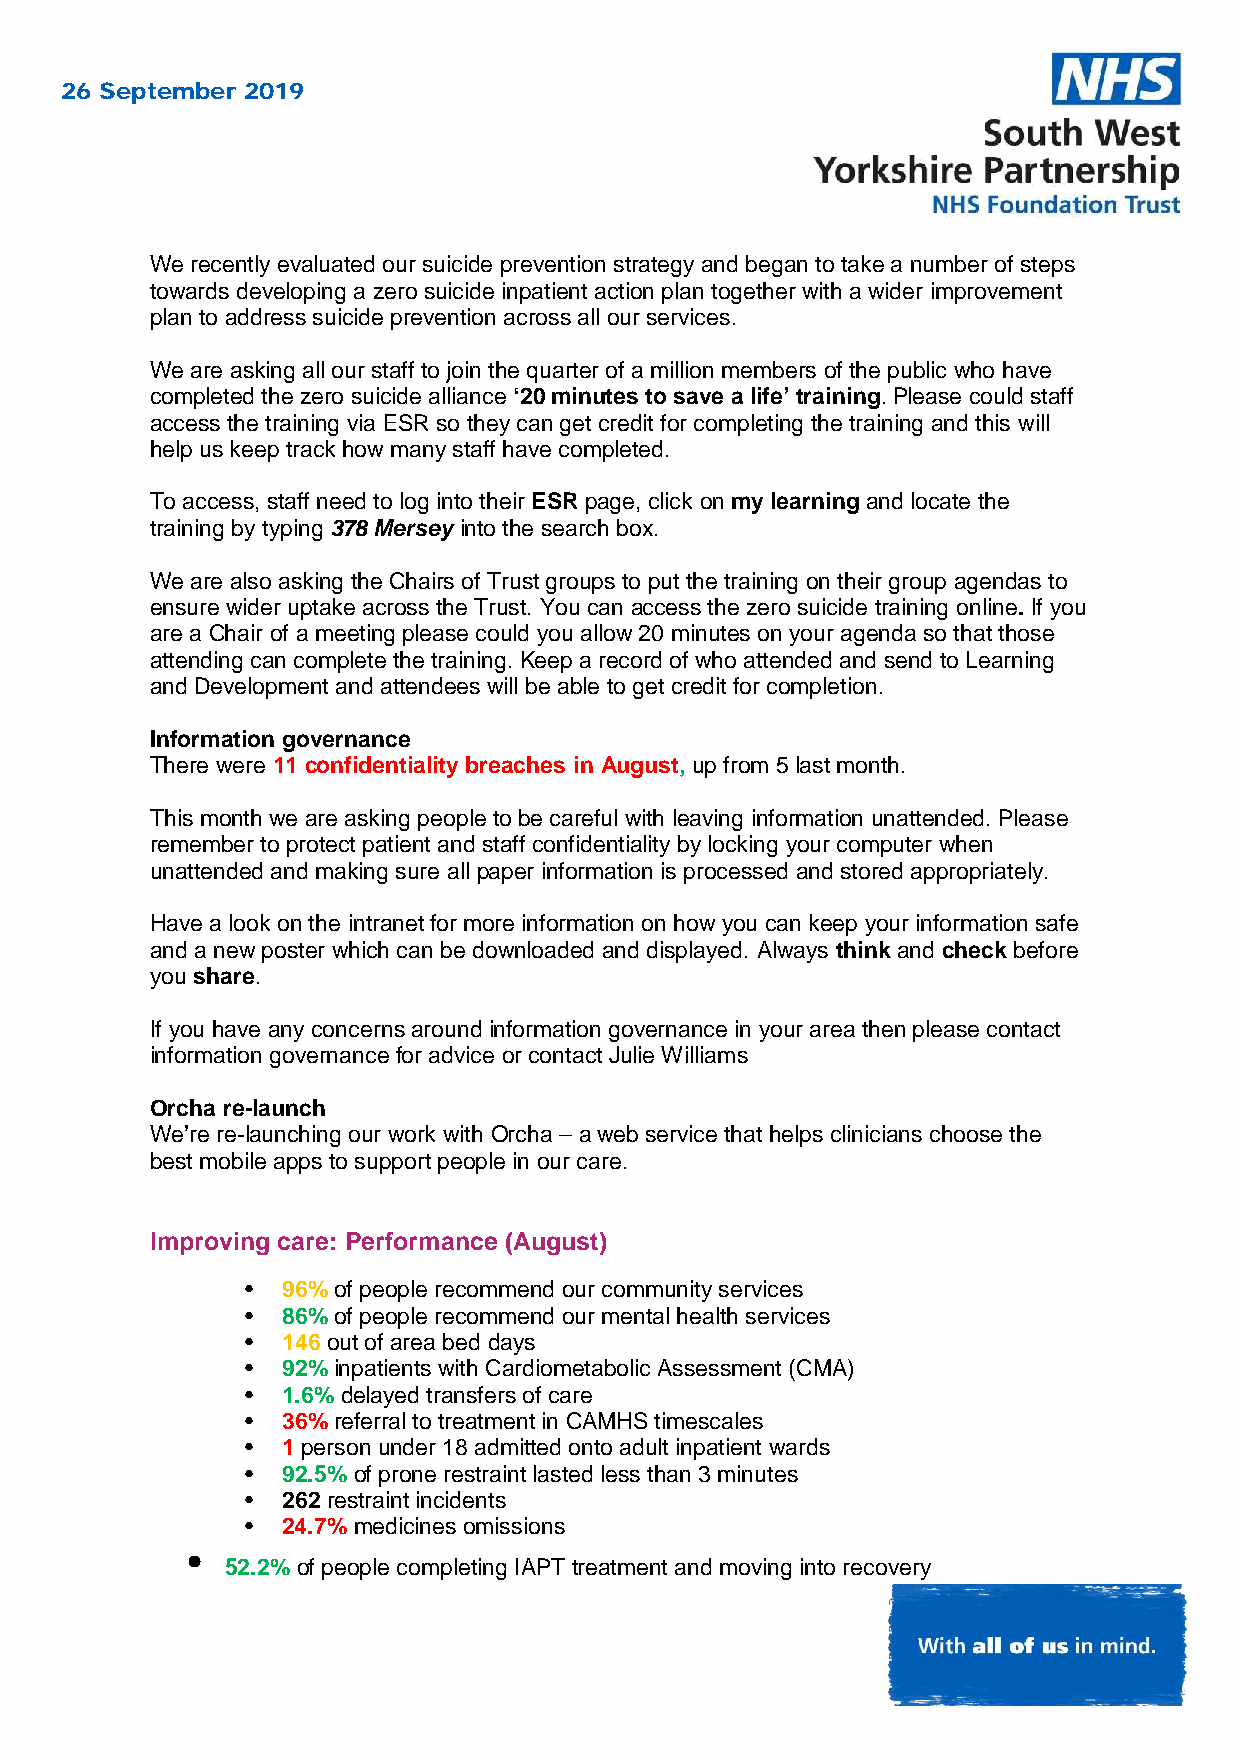
26 September 2019
 We recently evaluated our suicide prevention strategy and began to take a number of steps
 towards developing a zero suicide inpatient action plan together with a wider improvement
 plan to address suicide prevention across all our services.
 We are asking all our staff to join the quarter of a million members of the public who have
 completed the zero suicide alliance ‘20 minutes to save a life’ training. Please could staff
 access the training via ESR so they can get credit for completing the training and this will
 help us keep track how many staff have completed.
 To access, staff need to log into their ESR page, click on my learning and locate the
 training by typing 378 Mersey into the search box.
 We are also asking the Chairs of Trust groups to put the training on their group agendas to
 ensure wider uptake across the Trust. You can access the zero suicide training online. If you
 are a Chair of a meeting please could you allow 20 minutes on your agenda so that those
 attending can complete the training. Keep a record of who attended and send to Learning
 and Development and attendees will be able to get credit for completion.
 Information governance
 There were 11 confidentiality breaches in August, up from 5 last month.
 This month we are asking people to be careful with leaving information unattended. Please
 remember to protect patient and staff confidentiality by locking your computer when
 unattended and making sure all paper information is processed and stored appropriately.
 Have a look on the intranet for more information on how you can keep your information safe
 and a new poster which can be downloaded and displayed. Always think and check before
 you share.
 If you have any concerns around information governance in your area then please contact
 information governance for advice or contact Julie Williams
 Orcha re-launch
 We’re re-launching our work with Orcha – a web service that helps clinicians choose the
 best mobile apps to support people in our care.
 Improving care: Performance (August)
 •  96% of people recommend our community services
 •  86% of people recommend our mental health services
 •  146 out of area bed days
 •  92% inpatients with Cardiometabolic Assessment (CMA)
 •  1.6% delayed transfers of care
 •  36% referral to treatment in CAMHS timescales
 •  1 person under 18 admitted onto adult inpatient wards
 •  92.5% of prone restraint lasted less than 3 minutes
 •  262 restraint incidents
 •  24.7% medicines omissions
 •
 52.2% of people completing IAPT treatment and moving into recovery